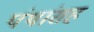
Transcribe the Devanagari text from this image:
पंथांसह